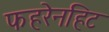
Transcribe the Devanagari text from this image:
फहरेनहिट